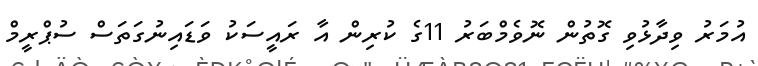
އުމަރު ވިދާޅުވި ގޮތުން ނޮވެމްބަރު 11ގެ ކުރިން އާ ރައީސަކު ވަޑައިނުގަތަސް ސުޕްރީމް